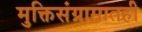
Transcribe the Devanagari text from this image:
मुक्तिसंग्रामातही